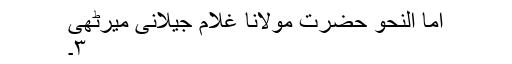
اما النحو حضرت مولانا غلام جیلانی میرٹھی
۳۔